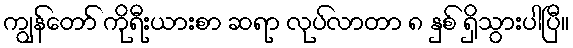
ကျွန်တော် ကိုရီးယားစာ ဆရာ လုပ်လာတာ ၈ နှစ် ရှိသွားပါပြီ။